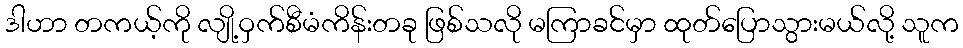
ဒါဟာ တကယ့်ကို လျို့ဝှက်စီမံကိန်းတခု ဖြစ်သလို မကြာခင်မှာ ထုတ်ပြောသွားမယ်လို့ သူက